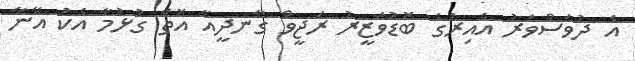
އެ ދުވަސްވަރު އެއިރުގެ ބޮޑުވަޒީރު ރަޖީވް ގާނދީއާ އޮތް ގުޅުމާ އެކު އޭނާ